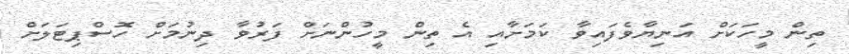
ތިން މީހަކަށް އަނިޔާވެފައިވާ ކަމަށާއި އެ ތިން މީހުންނަށް ފަރުވާ ދިނުމަށް ހޮސްޕިޓަލަށް